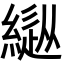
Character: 𦄚